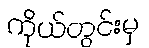
ကိုယ်တွင်းမှ